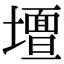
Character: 𭐀